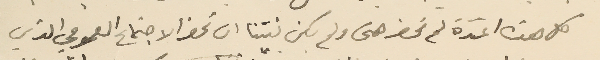
كل هذه المدّة لم نحضر حتى ولم يكن نيتنا ان نحضر الاجتماع العمومي الذي